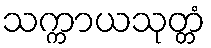
သက္ကာယသုတ္တံ